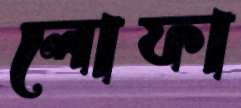
লোফা